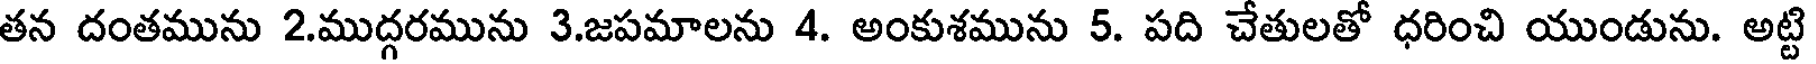
తన దంతమును 2.ముద్గరమును 3.జపమాలను 4. అంకుశమును 5. పది చేతులతో ధరించి యుండును. అట్టి